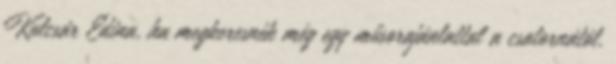
Kul­csár Edina, ha meg­ke­res­nék még egy mű­sor­aján­lat­tal a csa­tor­ná­tól.